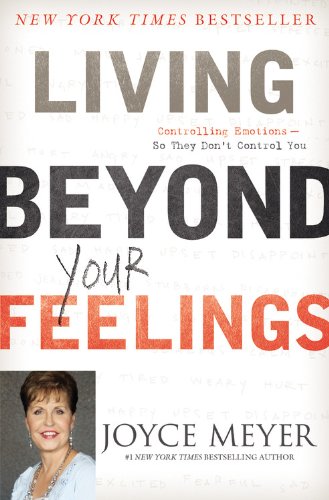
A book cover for Living Beyond Your Feelings: Controlling Emotions So They Don't Control You; Joyce Meyer; Self-Help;